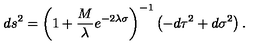
d s ^ { 2 } = { \left( 1 + { \frac { M } { \lambda } } e ^ { - 2 \lambda \sigma } \right) } ^ { - 1 } \left( - d \tau ^ { 2 } + d \sigma ^ { 2 } \right) .